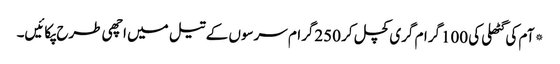
*آم کی گٹھلی کی 100گرام گری کچل کر 250گرام سرسوں کے تیل میں اچھی طرح پکائیں۔